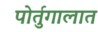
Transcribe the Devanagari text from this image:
पोर्तुगालात